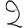
Digit: 2